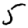
Digit: 5